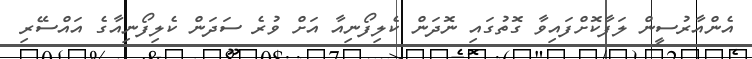
އެންއާރުސީން ލަފާކޮށްފައިވާ ގޮތުގައި ނޮދަން ކެލިފޯނިއާ އަށް ވުރެ ސަދަން ކެލިފޯނިއާގެ އައްސޭރި